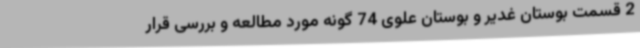
2 قسمت بوستان غدیر و بوستان علوی 74 گونه مورد مطالعه و بررسی قرار